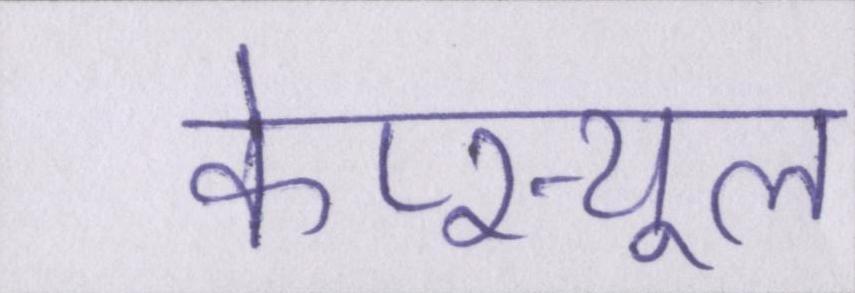
केप्स्यूल